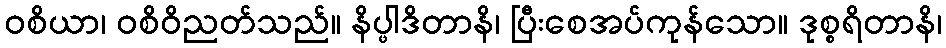
ဝစိယာ၊ ဝစိဝိညတ်သည်။ နိပ္ဖါဒိတာနိ၊ ပြီးစေအပ်ကုန်သော။ ဒုစ္စရိတာနိ၊